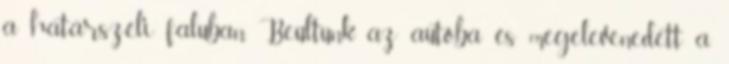
a határszéli faluban. Beültünk az autóba és megelevenedett a